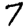
Digit: 7